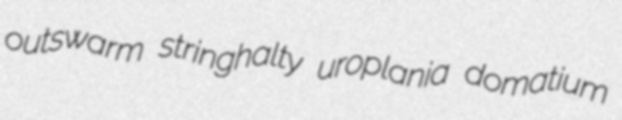
outswarm stringhalty uroplania domatium